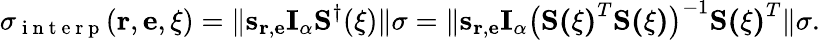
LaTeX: \sigma_{\mathrm{~i~n~t~e~r~p~}}(\mathbf{r},\mathbf{e},\mathbf{\xi})=\| \mathbf{s}_{\mathbf{r},\mathbf{e}}\mathbf{I}_{\alpha}\mathbf{S}^{\dagger}(\mathbf{\xi})\| \sigma=\| \mathbf{s}_{\mathbf{r},\mathbf{e}}\mathbf{I}_{\alpha}\big(\mathbf{S(\mathbf{\xi})}^{T}\mathbf{S(\mathbf{\xi})}\big)^{-1}\mathbf{S(\mathbf{\xi})}^{T}\| \sigma.